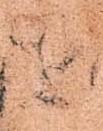
を